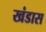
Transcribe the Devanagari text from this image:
खंडास